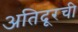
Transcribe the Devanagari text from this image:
अतिदूरची